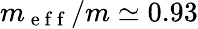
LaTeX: m_{\mathrm{~e~f~f~}}/m\simeq 0.93